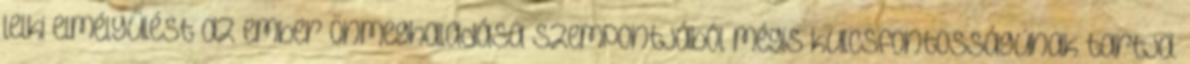
lelki elmélyülést az ember önmeghaladása szempontjából mégis kulcsfontosságúnak tartja.